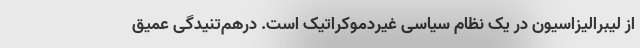
از لیبرالیزاسیون در یک نظام سیاسی غیردموکراتیک است. درهم‌تنیدگی عمیق